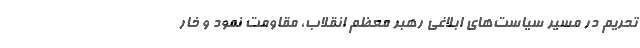
تحریم در مسیر سیاست‌های ابلاغی رهبر معظم انقلاب، مقاومت نمود و خار